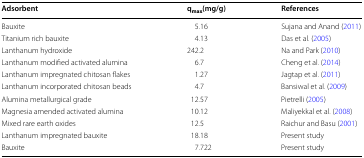
<table><thead><tr><td><b>Adsorbent</b></td><td><b>q<sub>max</sub>(mg/g)</b></td><td><b>References</b></td></tr></thead><tbody><tr><td>Bauxite</td><td>5.16</td><td>Sujana and Anand (2011)</td></tr><tr><td>Titanium rich bauxite</td><td>4.13</td><td>Das et al. (2005)</td></tr><tr><td>Lanthanum hydroxide</td><td>242.2</td><td>Na and Park (2010)</td></tr><tr><td>Lanthanum modified activated alumina</td><td>6.7</td><td>Cheng et al. (2014)</td></tr><tr><td>Lanthanum impregnated chitosan flakes</td><td>1.27</td><td>Jagtap et al. (2011)</td></tr><tr><td>Lanthanum incorporated chitosan beads</td><td>4.7</td><td>Bansiwal et al. (2009)</td></tr><tr><td>Alumina metallurgical grade</td><td>12.57</td><td>Pietrelli (2005)</td></tr><tr><td>Magnesia amended activated alumina</td><td>10.12</td><td>Maliyekkal et al. (2008)</td></tr><tr><td>Mixed rare earth oxides</td><td>12.5</td><td>Raichur and Basu (2001)</td></tr><tr><td>Lanthanum impregnated bauxite</td><td>18.18</td><td>Present study</td></tr><tr><td>Bauxite</td><td>7.722</td><td>Present study</td></tr></tbody></table>